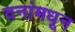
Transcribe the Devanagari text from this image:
वनांमधून